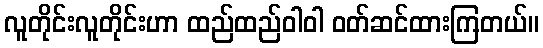
လူတိုင်းလူတိုင်းဟာ ထည်ထည်ဝါဝါ ဝတ်ဆင်ထားကြတယ်။